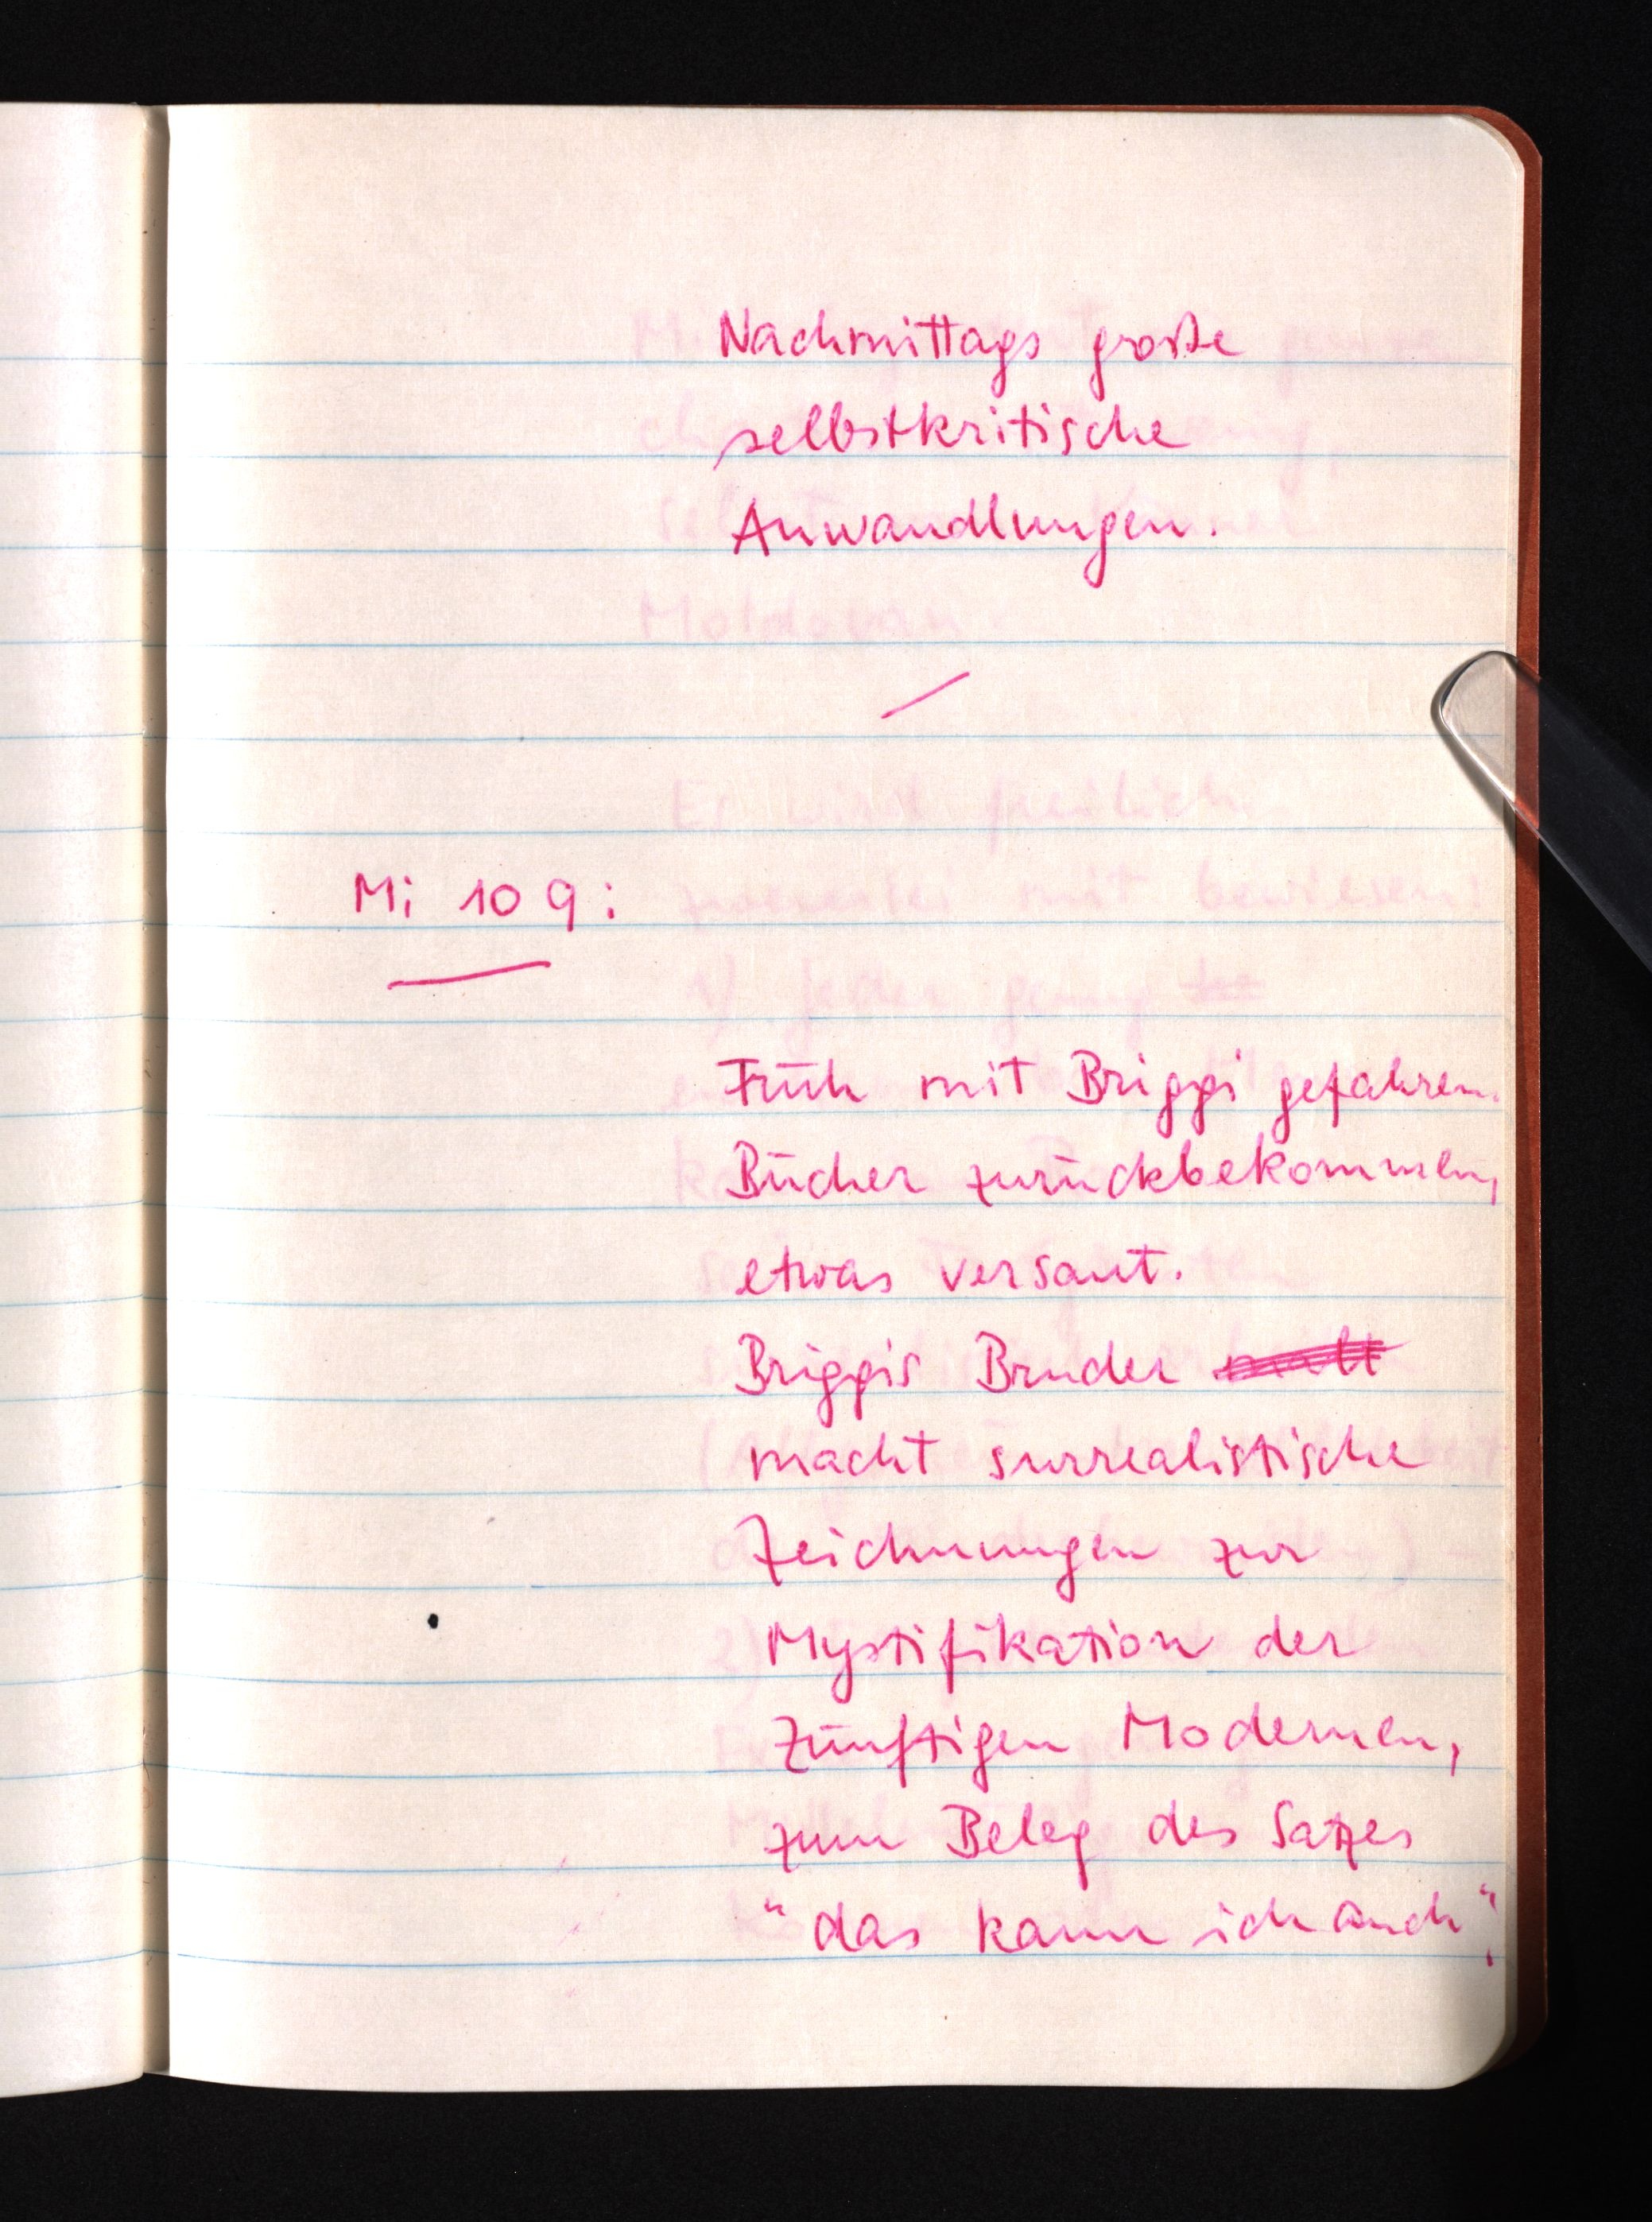
Nachmittags große
selbstkritische
Anwandlungen.
Mi 10 9:
Früh mit Briggi gefahren.
Bücher zurückbekommen,
etwas versaut.
Briggis Bruder malt
macht surrealistische
Zeichnungen zur
Mystifikation der
zünftigen Modernen,
zum Beleg des Satzes
"das kann ich auch".